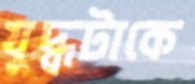
যুদ্ধটাকে